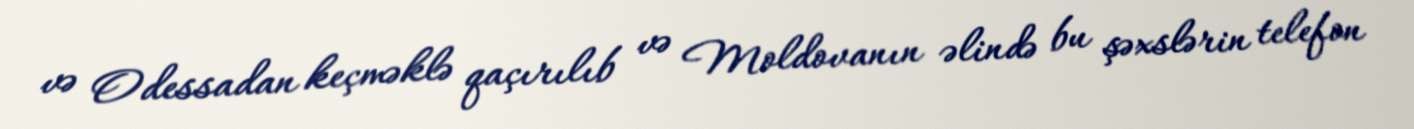
və Odessadan keçməklə qaçırılıb və Moldovanın əlində bu şəxslərin telefon